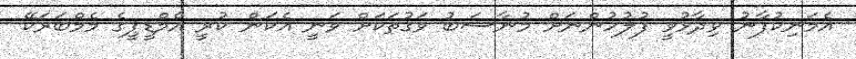
އެމަނިކުފާނު ވިދާޅުވީ ފުލުހުންނަށް މުނާސަބު ވަގުތަކަށް ވަނީ އެކަން ކުރީ އެމްޑީޕީގެ މެމްބަރަކޭ